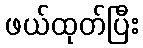
ဖယ်ထုတ်ပြီး